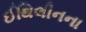
ઈથિલીનના